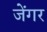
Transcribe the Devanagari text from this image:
जेंगर